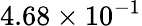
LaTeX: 4.68\times 10^{-1}